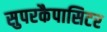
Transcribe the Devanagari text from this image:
सुपरकैपासिटर